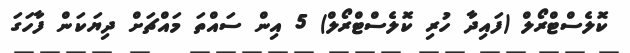
ކޮލެސްޓްރޯލް (ފައިދާ ހުރި ކޮލެސްޓްރޯލް) 5 އިން ސައްތަ މައްޗަށް ދިޔަކަން ފާހަގަ